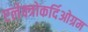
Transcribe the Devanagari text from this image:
एलेक्त्रोकर्दिओग्रम